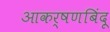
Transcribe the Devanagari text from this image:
आकर्षणबिंदू